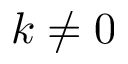
k \ne 0